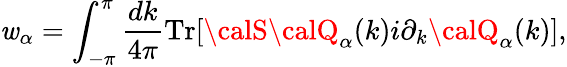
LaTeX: \mathit{w}_{\alpha}=\int_{-\pi}^{\pi}\frac{{dk}}{{4\pi}}\mathrm{{Tr}}[{\calS}{\calQ}_{\alpha}(k)i\partial_{k}{\calQ}_{\alpha}(k)],